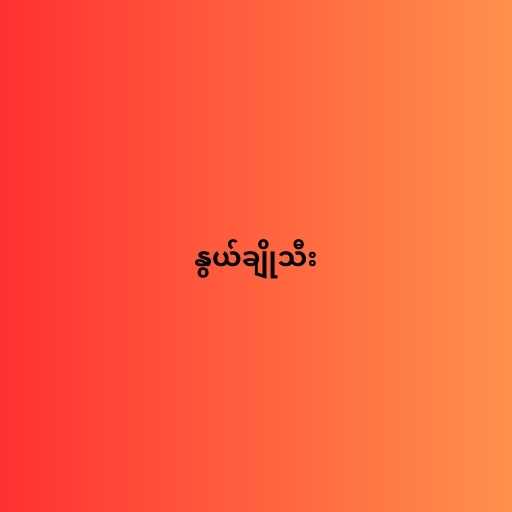
နွယ်ချိုသီး